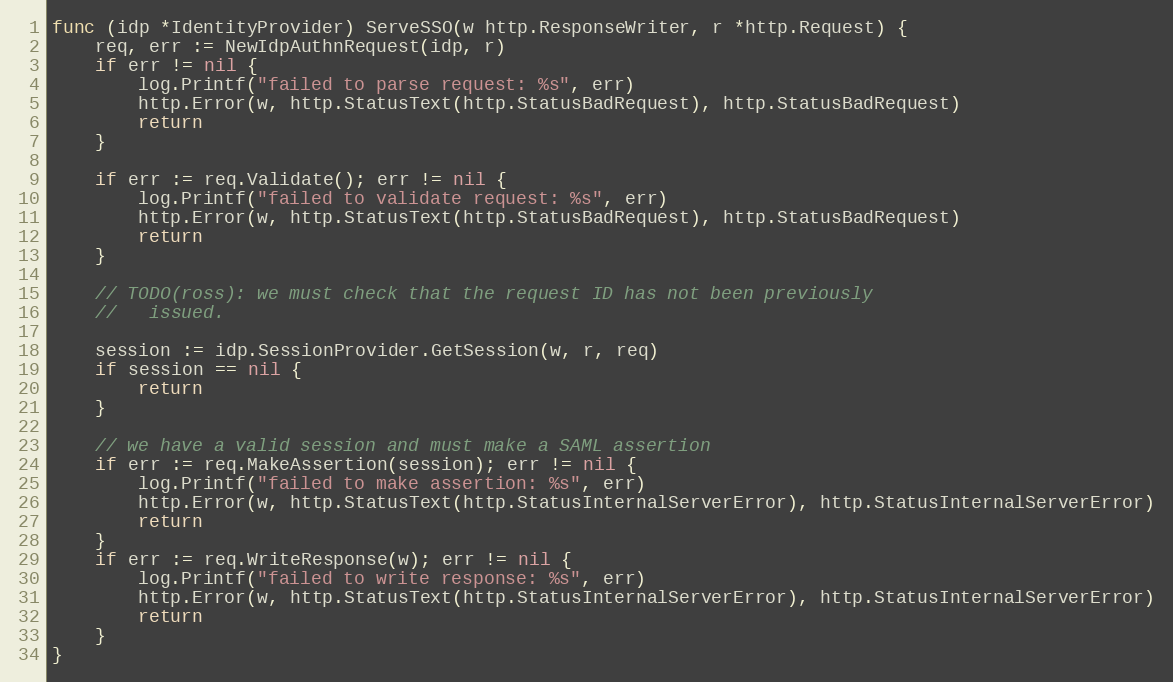
Language: Go
func (idp *IdentityProvider) ServeSSO(w http.ResponseWriter, r *http.Request) {
	req, err := NewIdpAuthnRequest(idp, r)
	if err != nil {
		log.Printf("failed to parse request: %s", err)
		http.Error(w, http.StatusText(http.StatusBadRequest), http.StatusBadRequest)
		return
	}

	if err := req.Validate(); err != nil {
		log.Printf("failed to validate request: %s", err)
		http.Error(w, http.StatusText(http.StatusBadRequest), http.StatusBadRequest)
		return
	}

	// TODO(ross): we must check that the request ID has not been previously
	//   issued.

	session := idp.SessionProvider.GetSession(w, r, req)
	if session == nil {
		return
	}

	// we have a valid session and must make a SAML assertion
	if err := req.MakeAssertion(session); err != nil {
		log.Printf("failed to make assertion: %s", err)
		http.Error(w, http.StatusText(http.StatusInternalServerError), http.StatusInternalServerError)
		return
	}
	if err := req.WriteResponse(w); err != nil {
		log.Printf("failed to write response: %s", err)
		http.Error(w, http.StatusText(http.StatusInternalServerError), http.StatusInternalServerError)
		return
	}
}